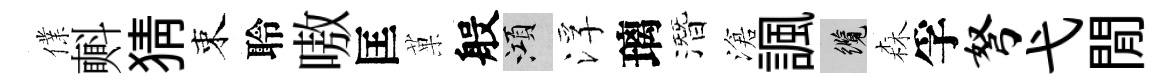
㒒㪺猜束聆嗷匡菓般澒浮璃潛滄諷纜森孚弩弋閒